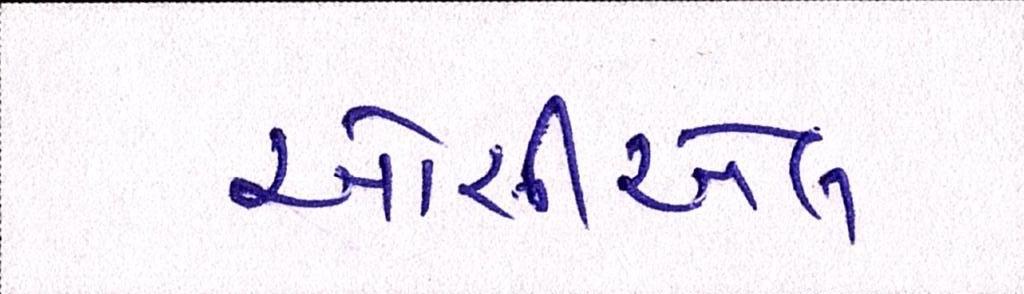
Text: ઓસીએલ